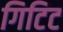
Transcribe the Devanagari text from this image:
गिटिट